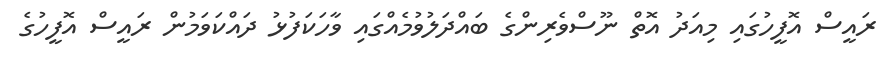
ރައީސް އޮފީހުގައި މިއަދު އޮތް ނޫސްވެރިންގެ ބައްދަލުވުމެއްގައި ވާހަކަފުޅު ދައްކަވަމުން ރައީސް އޮފީހުގެ